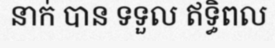
នាក់ បាន ទទួល ឥទ្ធិពល